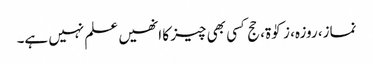
نماز، روزہ، زکوٰۃ، حج کسی بھی چیز کا انھیں علم نہیں ہے۔